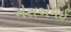
એસએમઈ